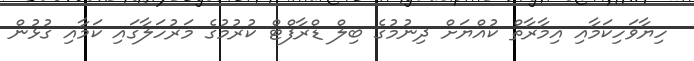
ހިޔާވަހިކަމާއި އިމާރާތް ކުއްޔަށް ދިނުމުގެ ބިލް ޑްރާފްޓް ކުރުމުގެ މަރުހަލާގައި ކަމާއި ގުޅުން